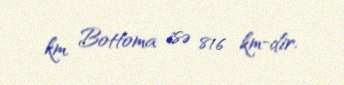
km, Bottoma isə 816 km-dir.